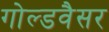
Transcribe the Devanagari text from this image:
गोल्डवैसर